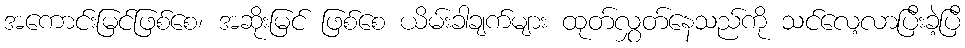
အကောင်းမြင်ဖြစ်စေ၊ အဆိုးမြင် ဖြစ်စေ ယိမ်းခါချက်များ ထုတ်လွှတ်နေသည်ကို သင်လေ့လာပြီးခဲ့ပြီ